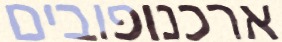
ארכנופובים